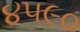
૪૫૯૦